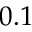
0 . 1